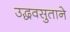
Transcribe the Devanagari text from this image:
उद्धवसुताने